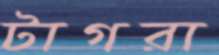
টাগরা